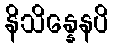
နိသိန္နေနပိ